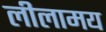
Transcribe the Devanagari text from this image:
लीलामय